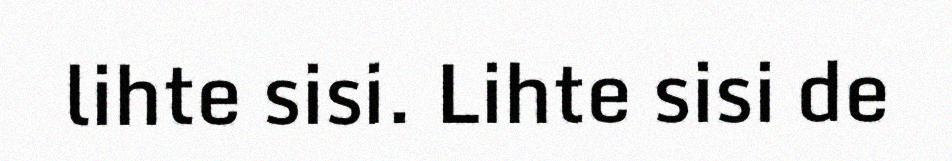
lihte sisi. Lihte sisi de